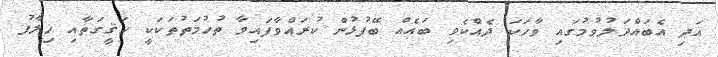
އަދި އެބައްދަލުވުމުގައި ވާހަކަ ދެއްކެވި ބައެއް ބޭފުޅުން ކުރައްވާފައިވާ ތުހުމަތުތަކަކީ ހަޤީގަތާއި ޚިލާފު